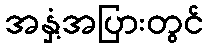
အနှံ့အပြားတွင်